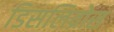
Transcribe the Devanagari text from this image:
डिसलिव्रोस